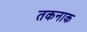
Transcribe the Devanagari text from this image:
तकनाक